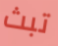
تبث